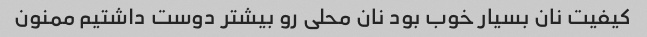
کیفیت نان بسیار خوب بود نان محلی رو بیشتر دوست داشتیم ممنون